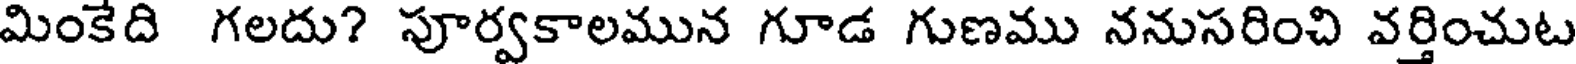
మింకేది గలదు? పూర్వకాలమున గూడ గుణము ననుసరించి వర్తించుట